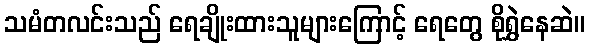
သမံတလင်းသည် ရေချိုးထားသူများကြောင့် ရေတွေ စိုရွှဲနေဆဲ။